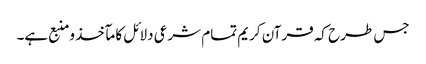
جس طرح کہ قرآن کریم تمام شرعی دلائل کا مآخذ ومنبع ہے۔